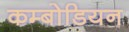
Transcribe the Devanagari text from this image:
कम्बोडियन